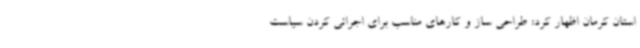
استان کرمان اظهار کرد: طراحی ساز و کارهای مناسب برای اجرائی کردن سیاست